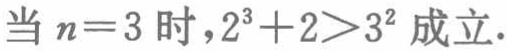
当 \(n = 3\) 时，\(2^{3}+2>3^{2}\) 成立.